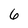
Character: 6